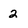
Character: 2